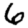
Digit: 6